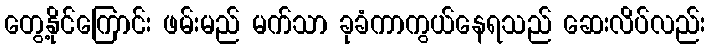
တွေ့နိုင်ကြောင်း ဖမ်းမည် မက်သာ ခုခံကာကွယ်နေရသည် ဆေးလိပ်လည်း